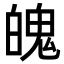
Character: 魄